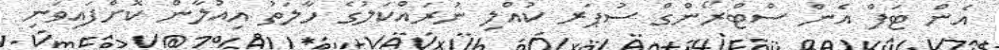
އެން ޓަފް އެން ސްޓްރޯންގް ސުޕަރ ކުއްލި ނުރައްކަލުގެ ހާލަތު އިއުލާން ކޮށްފައިވަނި